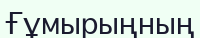
Ғұмырыңның